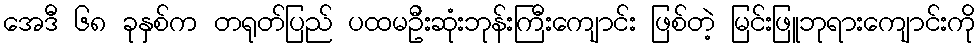
အေဒီ ၆၈ ခုနှစ်က တရုတ်ပြည် ပထမဦးဆုံးဘုန်းကြီးကျောင်း ဖြစ်တဲ့ မြင်းဖြူဘုရားကျောင်းကို